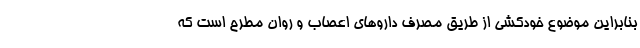
بنابراین موضوع خودکشی از طریق مصرف داروهای اعصاب و روان مطرح است که